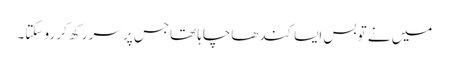
میں نے تو بس ایسا کندھاچاہا تھاجس پر سر رکھ کر رو سکتا۔